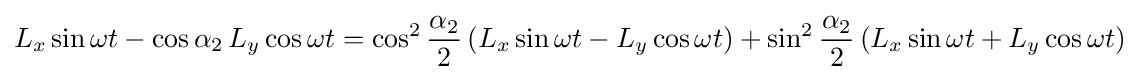
L_{x}\sin \omega t-\cos \alpha _{2}\,L_{y}\cos \omega t=\cos ^{2}{\frac {\alpha _{2}}{2}}\,(L_{x}\sin \omega t-L_{y}\cos \omega t)+\sin ^{2}{\frac {\alpha _{2}}{2}}\,(L_{x}\sin \omega t+L_{y}\cos \omega t)